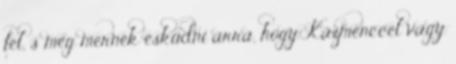
fel, s meg mernék esküdni arra, hogy Kázmenccel vagy